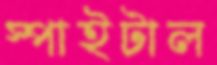
স্পাইটাল